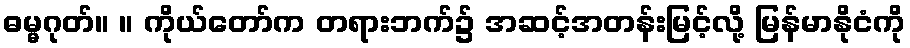
ဓမ္မဂုတ်။ ။ ကိုယ်တော်က တရားဘက်၌ အဆင့်အတန်းမြင့်လို့ မြန်မာနိုငံကို